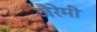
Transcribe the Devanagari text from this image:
जैरेमी